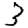
Digit: 3